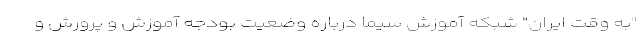
"به وقت ایران" شبکه آموزش سیما درباره وضعیت بودجه آموزش و پرورش و